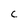
Character: C